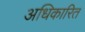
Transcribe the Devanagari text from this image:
अधिकारित